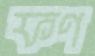
ফণ